Scottish Certificate of Education, 1962
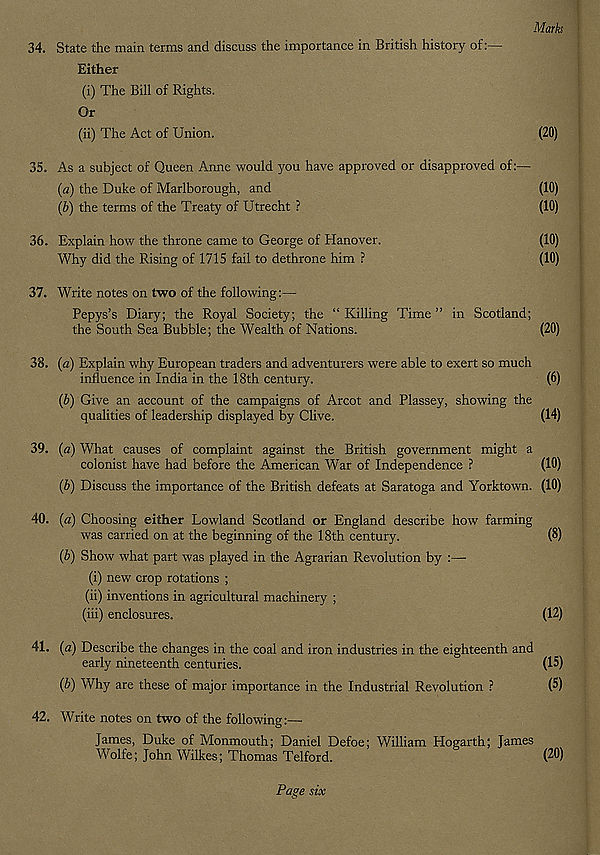
Marks
34. State the main terms and discuss the importance in British history of:—
Either
(i) The Bill of Rights.
Or
(ii) The Act of Union.
(20)
35. As a subject of Queen Anne would you have approved or disapproved of:—
(a) the Duke of Marlborough, and
(10)
(b) the terms of the Treaty of Utrecht ?
(10)
36. Explain how the throne came to George of Hanover.
(10)
Why did the Rising of 1715 fail to dethrone him ?
(10)
37. Write notes on two of the following:—
Pepys’s Diary; the Royal Society; the “ Killing Time ” in Scotland;
the South Sea Bubble; the Wealth of Nations.
(20)
38. (a) Explain why European traders and adventurers were able to exert so much
influence in India in the 18th century.
(6)
(b) Give an account of the campaigns of Arcot and Plassey, showing the
qualities of leadership displayed by Clive.
(14)
39. (a) What causes of complaint against the British government might a
colonist have had before the American War of Independence ?
(10)
(b) Discuss the importance of the British defeats at Saratoga and Yorktown. (10)
40. (a) Choosing either Lowland Scotland or England describe how farming
was carried on at the beginning of the 18th century.
(8)
(b) Show what part was played in the Agrarian Revolution by :—
(i) new crop rotations ;
(ii) inventions in agricultural machinery ;
(iii) enclosures.
(12)
41. (a) Describe the changes in the coal and iron industries in the eighteenth and
early nineteenth centuries.
(15)
(b) Why are these of major importance in the Industrial Revolution ?
(5)
42. Write notes on two of the following:—
James, Duke of Monmouth; Daniel Defoe; William Hogarth; James
Wolfe; John Wilkes; Thomas Telford.
(20)
Page six